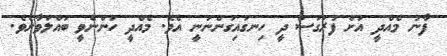
ފާނު މެއްދީ އަށް ފުރަގަސް ދީ ހިނގައިގަންނަނީ އެވެ. މެއްދީ ހުންނެވީ ބައްލަވާށެވެ.